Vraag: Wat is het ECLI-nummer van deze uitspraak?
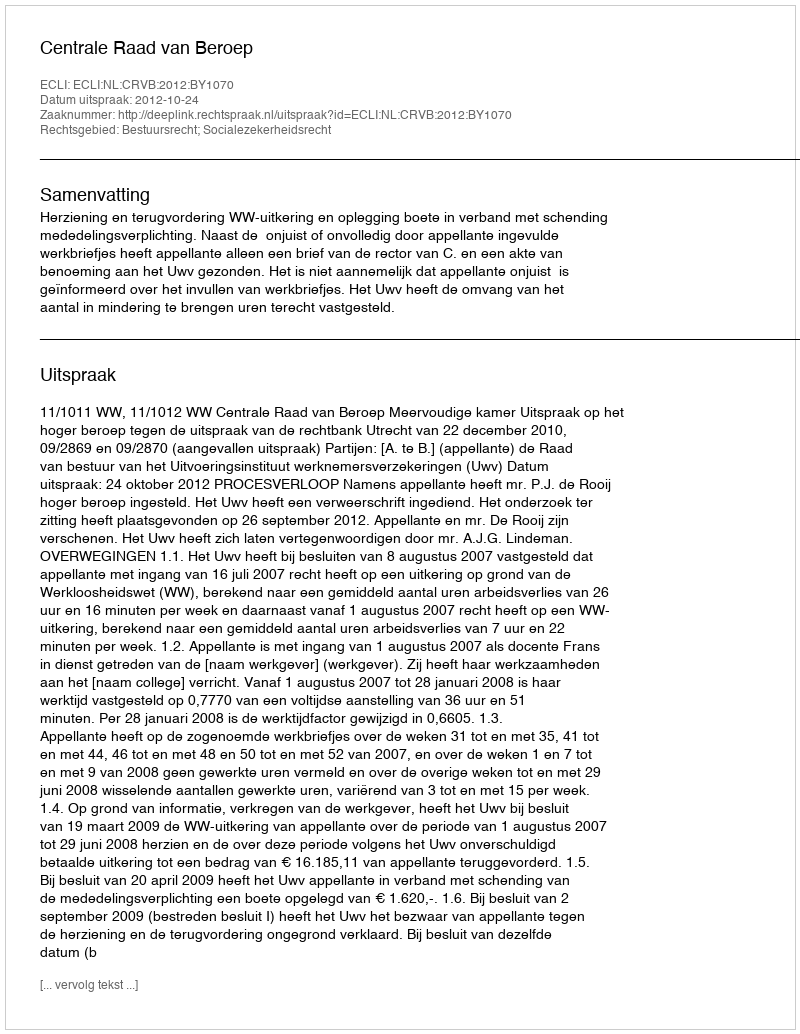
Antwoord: ECLI:NL:CRVB:2012:BY1070